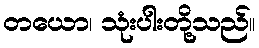
တယော၊ သုံးပါးတို့သည်။